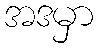
အဒမှာ